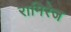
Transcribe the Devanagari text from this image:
रामिरेज